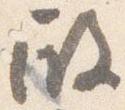
殿